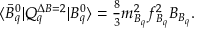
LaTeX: \langle \bar { B } _ { q } ^ { 0 } | Q _ { q } ^ { \Delta B = 2 } | B _ { q } ^ { 0 } \rangle = { \textstyle \frac { 8 } { 3 } } m _ { B _ { q } } ^ { 2 } f _ { B _ { q } } ^ { 2 } B _ { B _ { q } } .